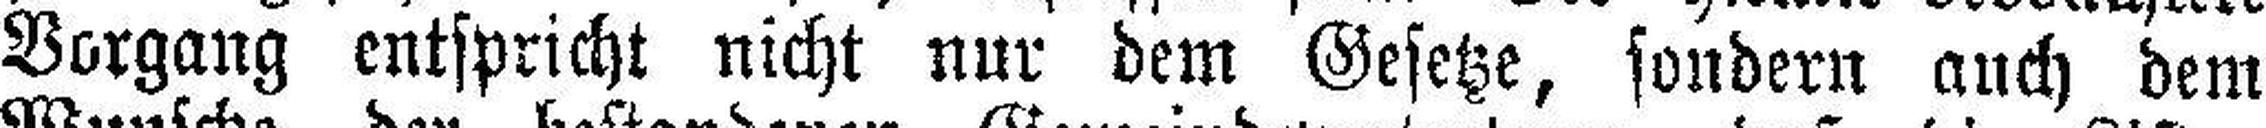
Vorgang entspricht nicht nur dem Gesetze, sondern auch dem